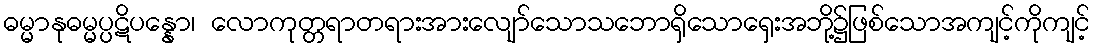
ဓမ္မာနုဓမ္မပ္ပဋိပန္နော၊ လောကုတ္တရာတရားအားလျော်သောသဘောရှိသောရှေးအဘို့၌ဖြစ်သောအကျင့်ကိုကျင့်